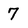
Character: 7